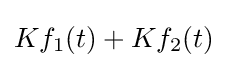
Kf_{1}(t)+Kf_{2}(t)